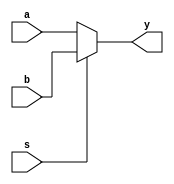
module mux2g #(parameter N = 4)(
    input wire [N-1:0] a,       // Input 0
    input wire [N-1:0] b,       // Input 1
    input wire s,               // Select (1-bit for 2:1 MUX)
    output reg [N-1:0] y        // Output
    );
    
    always @(*) begin
        if (s == 0)
            y = a;
        else // s == 1
            y = b;
    end
endmodule